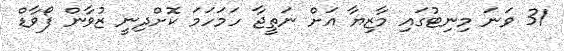
31 ވަނަ މިނިޓުގައި މާޒިޔާ އަށް ނަތީޖާ ހަމަހަމަ ކޮށްދިނީ ޒުވާން ފޯވާޑް